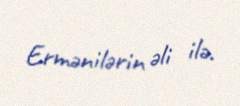
Ermənilərin əli ilə.